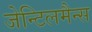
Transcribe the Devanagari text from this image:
जेन्टिलमैन्स